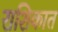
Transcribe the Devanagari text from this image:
राशिकात